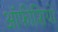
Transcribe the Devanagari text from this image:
ऑफीशियो